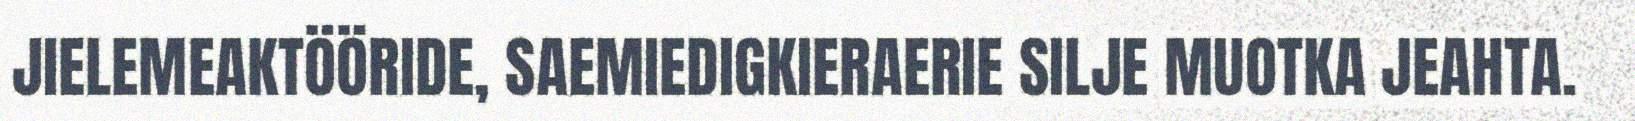
JIELEMEAKTÖÖRIDE, SAEMIEDIGKIERAERIE SILJE MUOTKA JEAHTA.